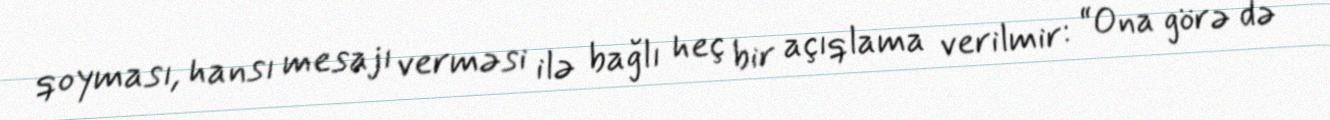
qoyması, hansı mesajı verməsi ilə bağlı heç bir açıqlama verilmir: “Ona görə də